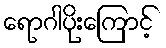
ရောဂါပိုးကြောင့်